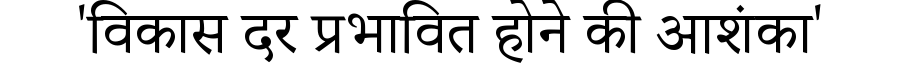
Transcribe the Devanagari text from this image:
'विकास दर प्रभावित होने की आशंका'